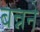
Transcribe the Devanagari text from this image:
बन्नने